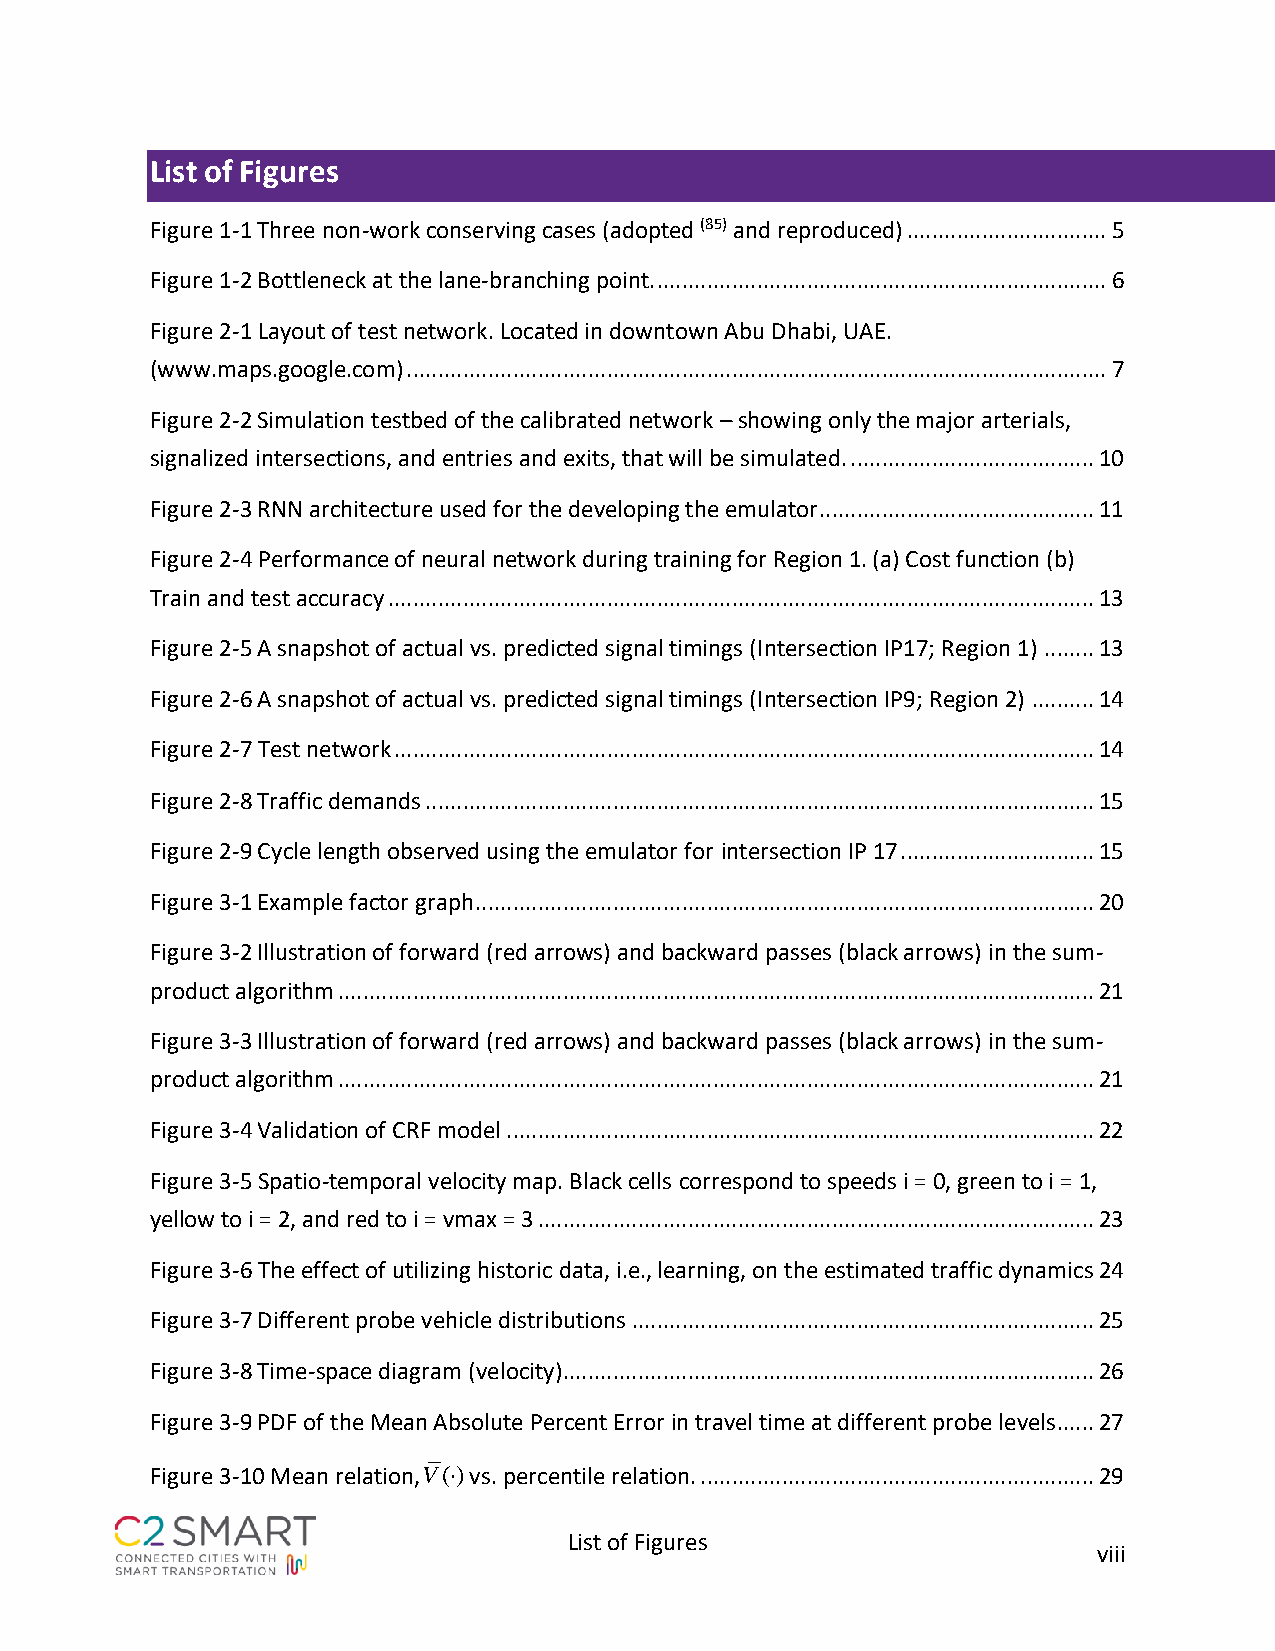
List of Figures
 Figure 1-1 Three non-work conserving cases (adopted (85) and reproduced) ................................ 5
 Figure 1-2 Bottleneck at the lane-branching point. ........................................................................ 6
 Figure 2-1 Layout of test network. Located in downtown Abu Dhabi, UAE.
 (www.maps.google.com) ................................................................................................................ 7
 Figure 2-2 Simulation testbed of the calibrated network – showing only the major arterials,
 signalized intersections, and entries and exits, that will be simulated. ....................................... 10
 Figure 2-3 RNN architecture used for the developing the emulator ............................................ 11
 Figure 2-4 Performance of neural network during training for Region 1. (a) Cost function (b)
 Train and test accuracy ................................................................................................................. 13
 Figure 2-5 A snapshot of actual vs. predicted signal timings (Intersection IP17; Region 1) ........ 13
 Figure 2-6 A snapshot of actual vs. predicted signal timings (Intersection IP9; Region 2) .......... 14
 Figure 2-7 Test network ................................................................................................................ 14
 Figure 2-8 Traffic demands ........................................................................................................... 15
 Figure 2-9 Cycle length observed using the emulator for intersection IP 17 ............................... 15
 Figure 3-1 Example factor graph ................................................................................................... 20
 Figure 3-2 Illustration of forward (red arrows) and backward passes (black arrows) in the sum-
 product algorithm ......................................................................................................................... 21
 Figure 3-3 Illustration of forward (red arrows) and backward passes (black arrows) in the sum-
 product algorithm ......................................................................................................................... 21
 Figure 3-4 Validation of CRF model .............................................................................................. 22
 Figure 3-5 Spatio-temporal velocity map. Black cells correspond to speeds i = 0, green to i = 1,
 yellow to i = 2, and red to i = vmax = 3 ......................................................................................... 23
 Figure 3-6 The effect of utilizing historic data, i.e., learning, on the estimated traffic dynamics 24
 Figure 3-7 Different probe vehicle distributions .......................................................................... 25
 Figure 3-8 Time-space diagram (velocity) ..................................................................................... 26
 Figure 3-9 PDF of the Mean Absolute Percent Error in travel time at different probe levels...... 27
 Figure 3-10 Mean relation,V()vs. percentile relation. ............................................................... 29
 List of Figures
 viii